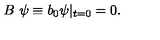
B \ \psi \equiv b _ { 0 } \psi \vert _ { t = 0 } = 0 .